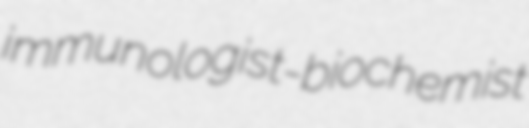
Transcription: immunologist-biochemist